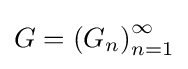
G=\left(G_{n}\right)_{n=1}^{\infty }